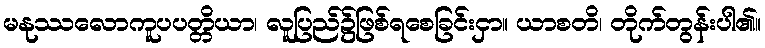
မနုဿလောကူပပတ္တိယာ၊ လူပြည်၌ဖြစ်ရစေခြင်းငှာ။ ယာစတိ၊ တိုက်တွန်းပါ၏။